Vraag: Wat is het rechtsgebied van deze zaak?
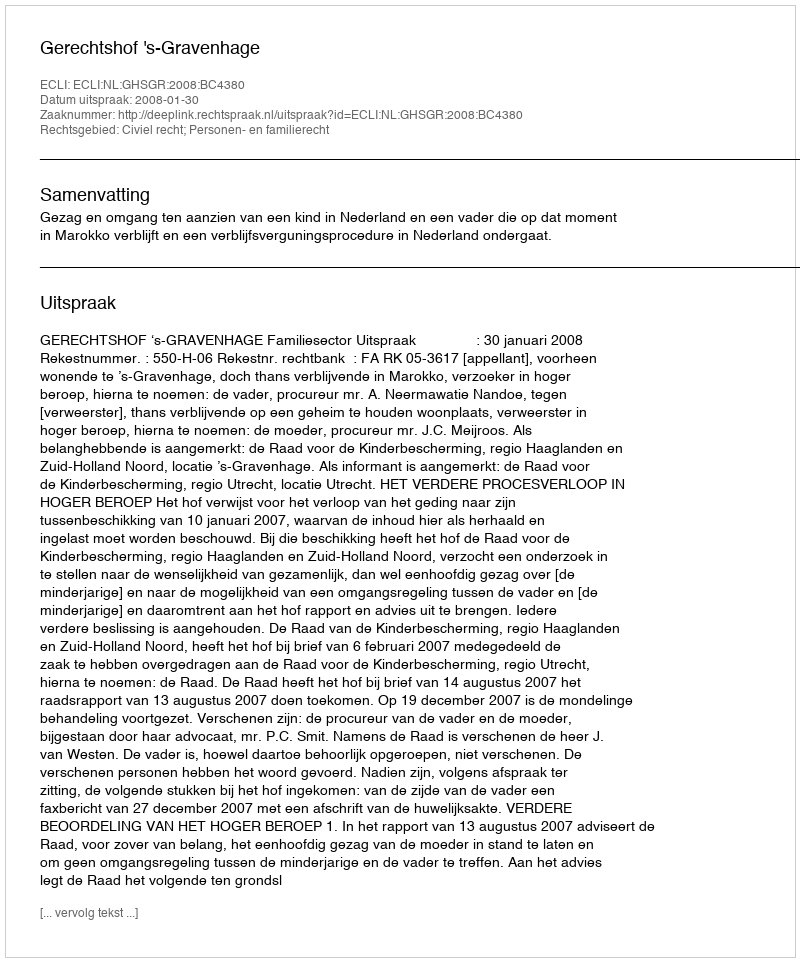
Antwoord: Civiel recht; Personen- en familierecht